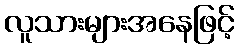
လူသားများအနေဖြင့်